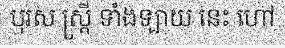
បុរស ស្ត្រី ទាំងឡាយ នេះ ហៅ